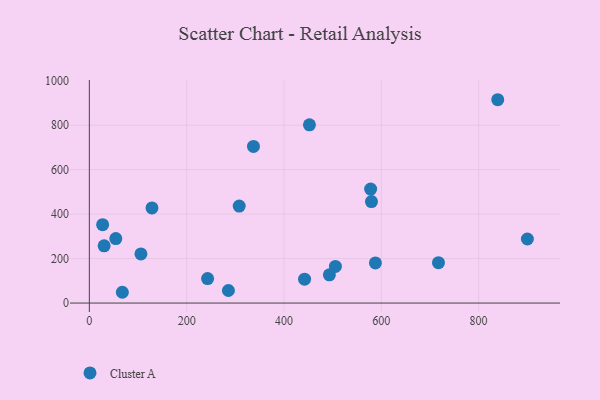
{"axis": {"x": "Study Hours", "y": "Exam Score"}, "legend": ["Cluster A"], "data": [{"x": "106.0", "y": 220.9, "type": "Cluster A"}, {"x": "900.2", "y": 288.1, "type": "Cluster A"}, {"x": "337.3", "y": 704.4, "type": "Cluster A"}, {"x": "27.3", "y": 352.7, "type": "Cluster A"}, {"x": "452.3", "y": 801.5, "type": "Cluster A"}, {"x": "717.5", "y": 181.4, "type": "Cluster A"}, {"x": "243.0", "y": 110.1, "type": "Cluster A"}, {"x": "442.3", "y": 107.6, "type": "Cluster A"}, {"x": "128.7", "y": 427.6, "type": "Cluster A"}, {"x": "54.4", "y": 290.1, "type": "Cluster A"}, {"x": "493.3", "y": 126.8, "type": "Cluster A"}, {"x": "308.0", "y": 436.2, "type": "Cluster A"}, {"x": "839.3", "y": 914.4, "type": "Cluster A"}, {"x": "30.4", "y": 257.5, "type": "Cluster A"}, {"x": "578.1", "y": 512.5, "type": "Cluster A"}, {"x": "285.8", "y": 56.5, "type": "Cluster A"}, {"x": "579.8", "y": 456.2, "type": "Cluster A"}, {"x": "587.9", "y": 180.5, "type": "Cluster A"}, {"x": "67.8", "y": 48.5, "type": "Cluster A"}, {"x": "505.7", "y": 164.7, "type": "Cluster A"}]}